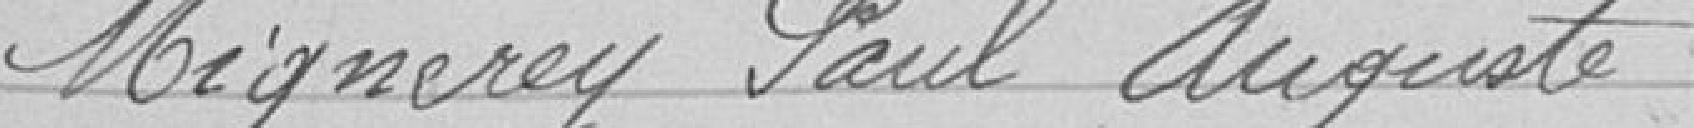
Mignerey Paul Auguste